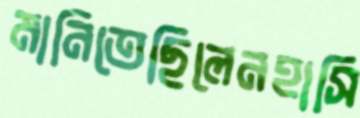
মানিতেছিলেনহাসি